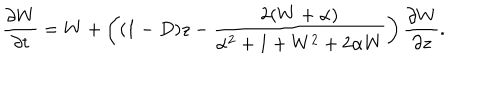
\frac { \partial W } { \partial t } = W + \left( ( 1 - D ) z - \frac { 2 ( W + \alpha ) } { \alpha ^ { 2 } + 1 + W ^ { 2 } + 2 \alpha W } \right) \frac { \partial W } { \partial z } .